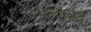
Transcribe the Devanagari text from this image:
प्रावस्थाबद्ध